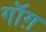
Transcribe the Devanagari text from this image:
गॉग़